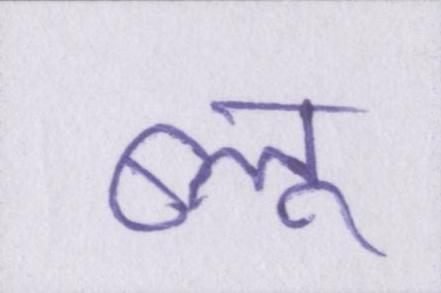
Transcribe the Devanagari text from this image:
ब्लू